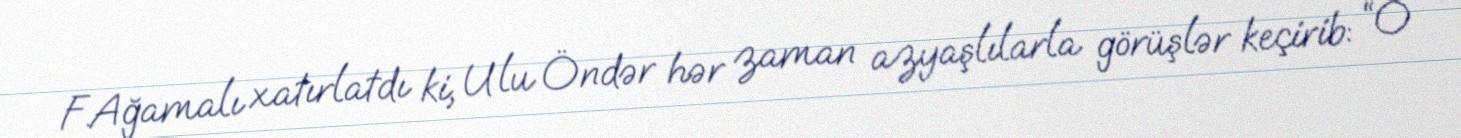
F.Ağamalı xatırlatdı ki, Ulu Öndər hər zaman azyaşlılarla görüşlər keçirib: “O